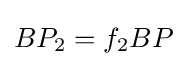
BP_{2}=f_{2}BP